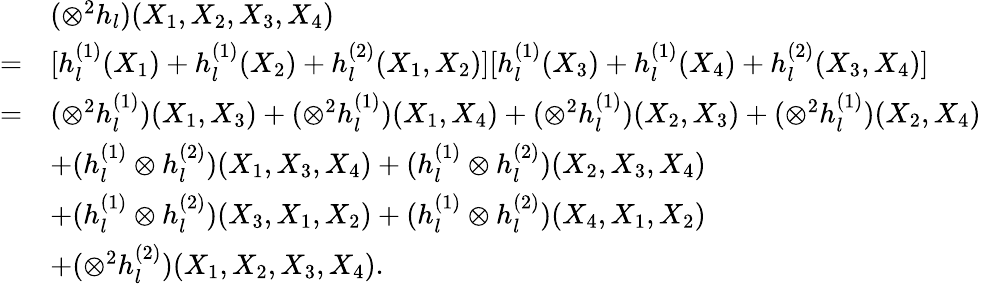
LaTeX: \begin{array}{rl}&{(\otimes^{2}h_{l})(X_{1},X_{2},X_{3},X_{4})}\\ {=}&{[h_{l}^{(1)}(X_{1})+h_{l}^{(1)}(X_{2})+h_{l}^{(2)}(X_{1},X_{2})][h_{l}^{(1)}(X_{3})+h_{l}^{(1)}(X_{4})+h_{l}^{(2)}(X_{3},X_{4})]}\\ {=}&{(\otimes^{2}h_{l}^{(1)})(X_{1},X_{3})+(\otimes^{2}h_{l}^{(1)})(X_{1},X_{4})+(\otimes^{2}h_{l}^{(1)})(X_{2},X_{3})+(\otimes^{2}h_{l}^{(1)})(X_{2},X_{4})}\\ &{+(h_{l}^{(1)}\otimes h_{l}^{(2)})(X_{1},X_{3},X_{4})+(h_{l}^{(1)}\otimes h_{l}^{(2)})(X_{2},X_{3},X_{4})}\\ &{+(h_{l}^{(1)}\otimes h_{l}^{(2)})(X_{3},X_{1},X_{2})+(h_{l}^{(1)}\otimes h_{l}^{(2)})(X_{4},X_{1},X_{2})}\\ &{+(\otimes^{2}h_{l}^{(2)})(X_{1},X_{2},X_{3},X_{4}).}\end{array}